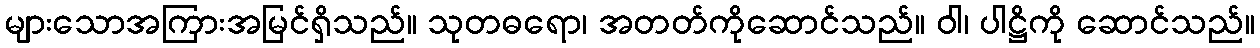
များသောအကြားအမြင်ရှိသည်။ သုတဓရော၊ အတတ်ကိုဆောင်သည်။ ဝါ၊ ပါဋ္ဌိကို ဆောင်သည်။